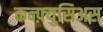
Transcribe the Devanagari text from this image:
कन्फ़्युसिअस